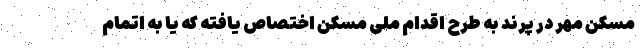
مسکن مهر در پرند به طرح اقدام ملی مسکن اختصاص یافته که یا به اتمام